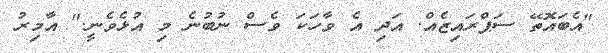
"އެބައޮތޭ ސަޕްރައިޒެއް. އަދި އެ ވާހަކަ ވެސް ނުބުނެ މި އުޅެވެނީ." އާމިރު